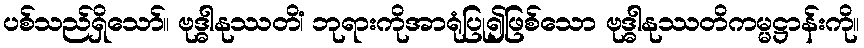
ပစ်သည်ရှိသော်။ ဗုဒ္ဓါနုဿတိံ၊ ဘုရားကိုအာရုံပြု၍ဖြစ်သော ဗုဒ္ဓါနုဿတိကမ္မဋ္ဌာန်းကို။